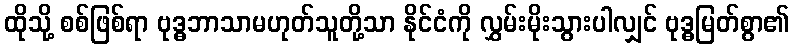
ထိုသို့ စစ်ဖြစ်ရာ ဗုဒ္ဓဘာသာမဟုတ်သူတို့သာ နိုင်ငံကို လွှမ်းမိုးသွားပါလျှင် ဗုဒ္ဓမြတ်စွာ၏